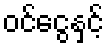
ဝင်ငွေနှင့်